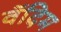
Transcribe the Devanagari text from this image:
वॅदिम